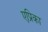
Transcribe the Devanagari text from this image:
एप्रिका